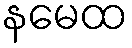
နမေထ